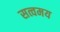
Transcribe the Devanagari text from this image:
सत्वमय